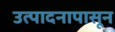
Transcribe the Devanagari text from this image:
उत्पादनापासून